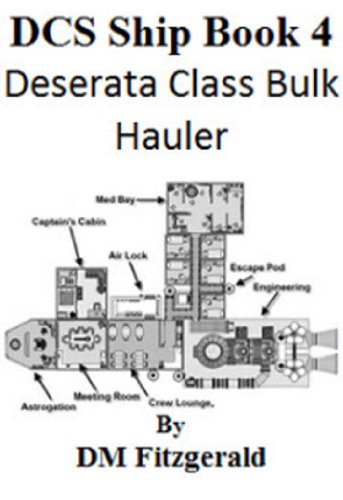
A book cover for DCS Ship Book 4; DM Fitzgerald; Science Fiction & Fantasy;